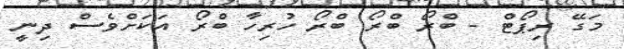
މަގޭ ރިޕޯޓް - ބްރޯ ބްރޯ ބްރޯ ހުރިހާ ބްރޯ އަކަށްވެސް ދިނީ